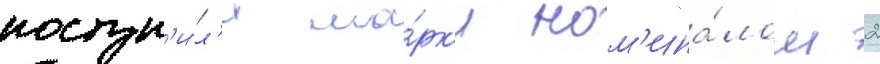
поступ'и́л'и ма́рк'и ном'ина́лом 2